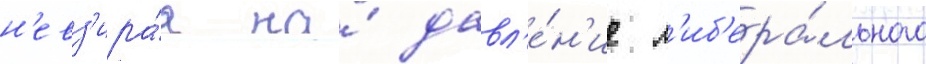
н'евз'ира́я на́ давл'е́н'ие л'иб'ера́льного